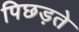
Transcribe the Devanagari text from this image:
पिछड़ते